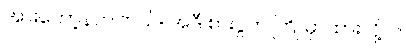
အားတော့နာပါတယ်။ အဲဒီ စားပွဲက ကြို မှာထားလို့ပါ။